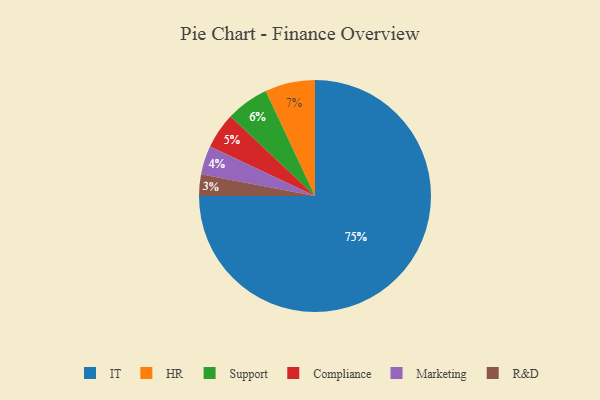
{"axis": {"x": "Category", "y": "Percentage"}, "legend": ["Compliance", "HR", "IT", "Marketing", "R&D", "Support"], "data": [{"x": "Compliance", "y": 5, "type": "Compliance"}, {"x": "Support", "y": 6, "type": "Support"}, {"x": "Marketing", "y": 4, "type": "Marketing"}, {"x": "R&D", "y": 3, "type": "R&D"}, {"x": "HR", "y": 7, "type": "HR"}, {"x": "IT", "y": 75, "type": "IT"}]}